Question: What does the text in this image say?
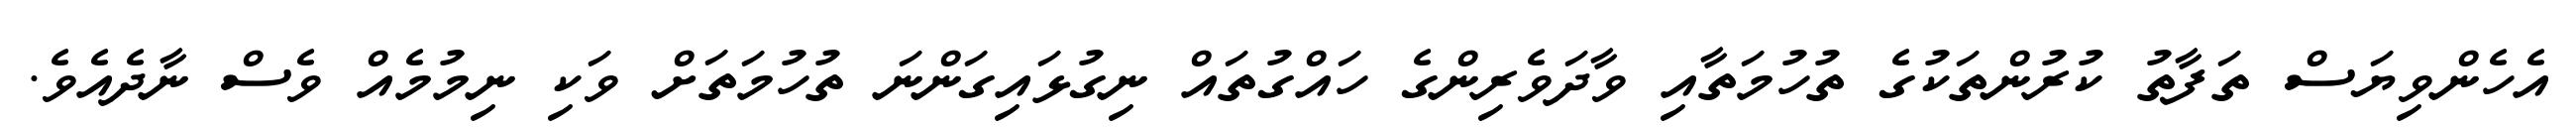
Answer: އެހެންވިޔަސް ތަފާތު ކުރުންތަކުގެ ތުހުމަތާއި ވާދަވެރިންގެ ހައްގުތައް ނިގުޅައިގަންނަ ތުހުމަތަށް ވަކި ނިމުމެއް ވެސް ނާދެއެވެ.